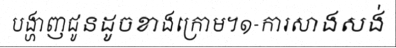
បង្ហាញជូនដូចខាងក្រោម។១-ការសាងសង់